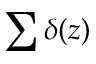
\sum \delta ( z )